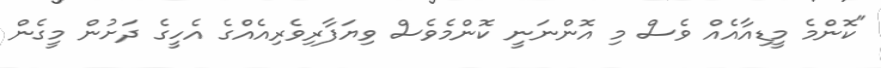
"ކޮންމެ މީޑިއާއެއް ވެސް މި އޮންނަނީ ކޮންމެވެސް ވިޔަފާރިވެރިއެއްގެ އެހީގެ ދަށުން މީގެން